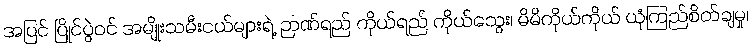
အပြင် ပြိုင်ပွဲဝင် အမျိုးသမီးငယ်များရဲ့ ဉာဏ်ရည် ကိုယ်ရည် ကိုယ်သွေး၊ မိမိကိုယ်ကိုယ် ယုံကြည်စိတ်ချမှု၊